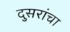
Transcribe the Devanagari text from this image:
दुसरांचा